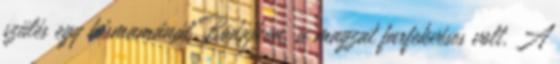
szülés egy kismamánál Bodajkon, a magzat farfekvéses volt. A